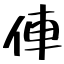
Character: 俥